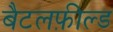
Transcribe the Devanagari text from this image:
बैटलफ़ील्ड